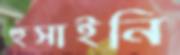
হুসাইনি